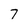
Character: 7